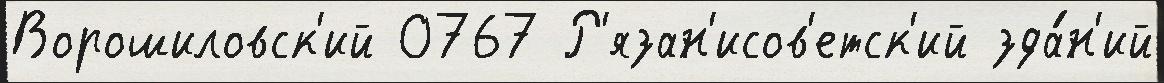
Ворошиловск'ий 0767 Р'язан'исов'етск'ий зда́н'ий